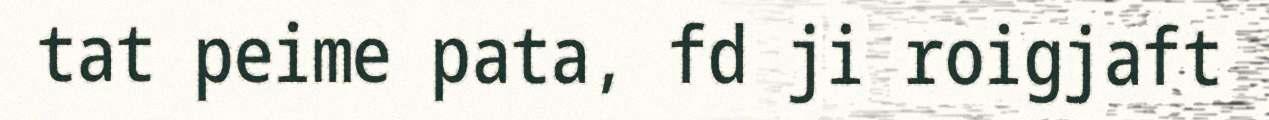
tat peime pata, fd ji roigjaft